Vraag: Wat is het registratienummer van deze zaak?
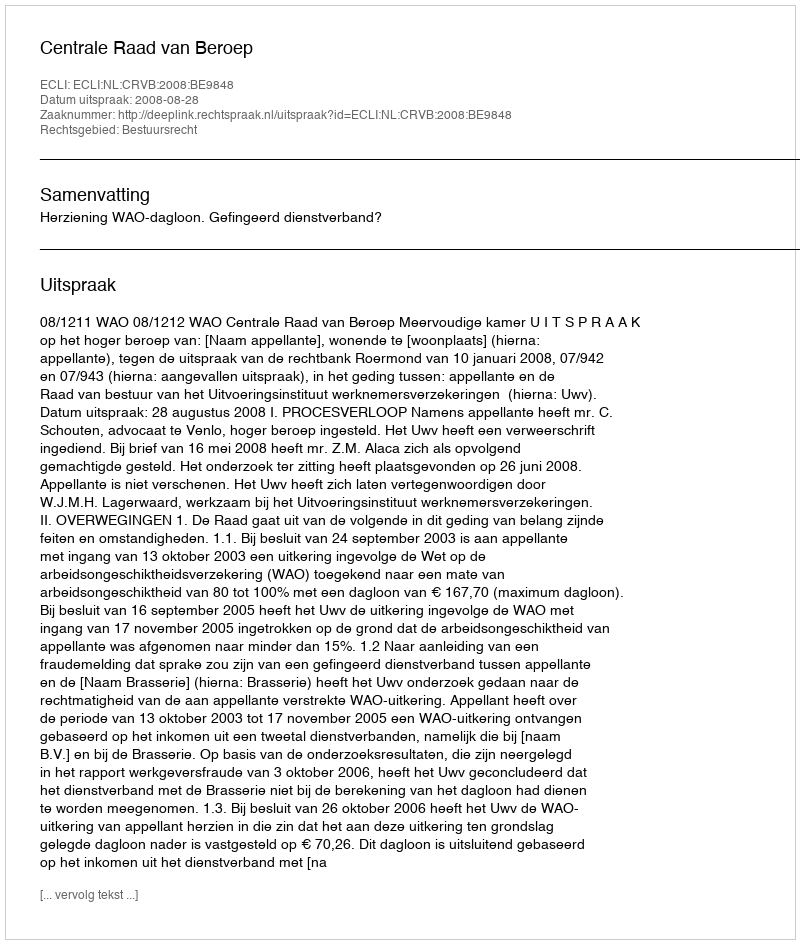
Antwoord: http://deeplink.rechtspraak.nl/uitspraak?id=ECLI:NL:CRVB:2008:BE9848